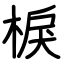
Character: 棙